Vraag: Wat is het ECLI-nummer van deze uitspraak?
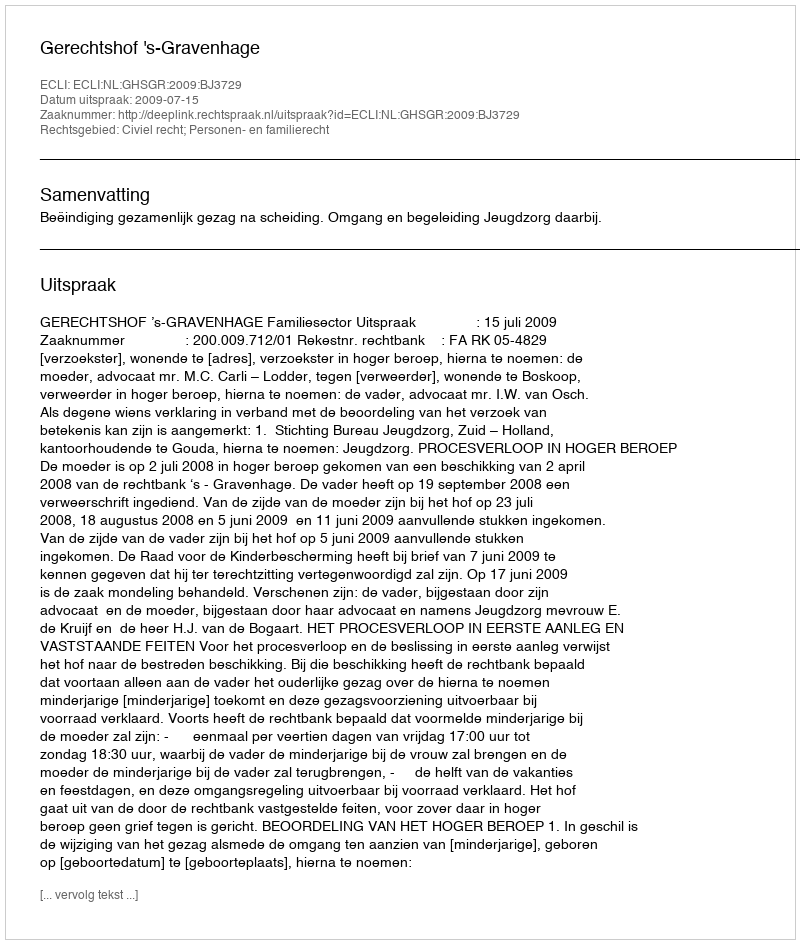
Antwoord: ECLI:NL:GHSGR:2009:BJ3729